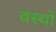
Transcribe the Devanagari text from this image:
वस्थाे